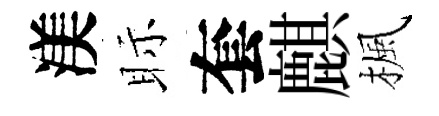
渼眎套麒楓